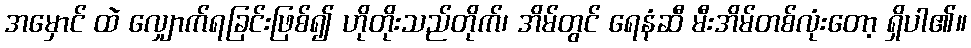
အမှောင် ထဲ လျှောက်ရခြင်းဖြစ်၍ ဟိုတိုးသည်တိုက်၊ အိမ်တွင် ရေနံဆီ မီးအိမ်တစ်လုံးတော့ ရှိပါ၏။